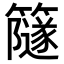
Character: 𥶼